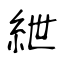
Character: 紲